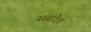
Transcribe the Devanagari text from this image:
ससंदेत